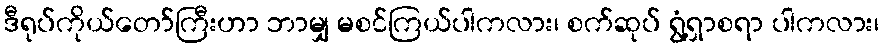
ဒီရုပ်ကိုယ်တော်ကြီးဟာ ဘာမျှ မစင်ကြယ်ပါကလား၊ စက်ဆုပ် ရွံ့ရှာစရာ ပါကလား၊